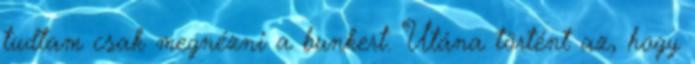
tudtam csak megnézni a bunkert. Utána történt az, hogy